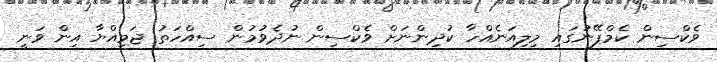
ވެކްސިން ކެމްޕޭނުގައި މިލިއަނެއްހާ ކުދިންނަށް ވެކްސިން ނުދެވުމުން ސިއްހަތު ޖަމިއްޔާ އިން ވަނީ